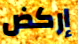
إركض